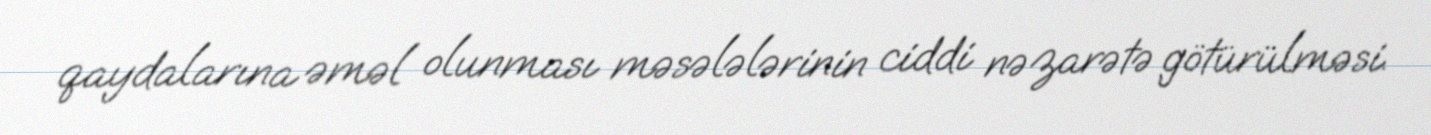
qaydalarına əməl olunması məsələlərinin ciddi nəzarətə götürülməsi.